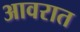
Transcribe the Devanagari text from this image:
आवरात